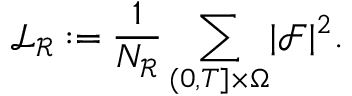
\mathcal { L } _ { \mathcal { R } } : = \frac { 1 } { N _ { \mathcal { R } } } \sum _ { ( 0 , T ] \times \Omega } \mathopen | \mathcal { F } \mathclose | ^ { 2 } .